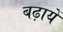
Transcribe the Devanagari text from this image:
बढ़ायें